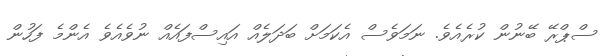
ސްޕްރޭ ބޭނުން ކުރެއެވެ. ނަމަވެސް އެކަމަށް ބަދަލެއް އައިސްފައެއް ނުވެއެވެ އެންމެ ފަހުން